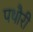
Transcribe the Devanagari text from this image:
पथौरी